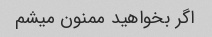
اگر بخواهید ممنون میشم